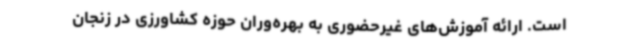
است. ارائه آموزش‌های غیرحضوری به بهره‌وران حوزه کشاورزی در زنجان